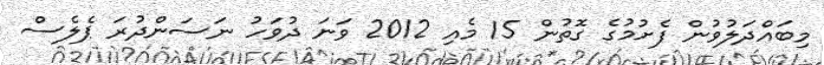
މިބައްދަލުވުން ފެށުމުގެ ގޮތުން 15 މެއި 2012 ވަނަ ދުވަހު ނަސަންދުރަ ޕެލެސް